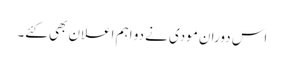
اس دوران مودی نے دو اہم اعلان بھی کئے۔